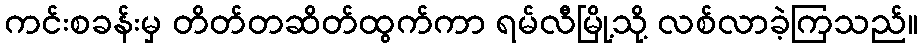
ကင်းစခန်းမှ တိတ်တဆိတ်ထွက်ကာ ရမ်လီမြို့သို့ လစ်လာခဲ့ကြသည်။